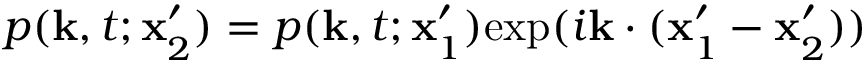
p ( \mathbf { k } , t ; \mathbf { x } _ { 2 } ^ { \prime } ) = p ( \mathbf { k } , t ; \mathbf { x } _ { 1 } ^ { \prime } ) \mathrm { e x p } ( i \mathbf { k } \cdot ( \mathbf { x } _ { 1 } ^ { \prime } - \mathbf { x } _ { 2 } ^ { \prime } ) )